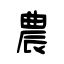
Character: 農